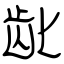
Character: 龀